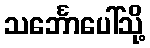
သင်္ဘောပေါ်သို့